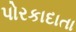
પોરકાદાતા